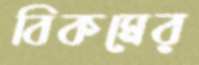
বিকমের